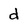
Character: d